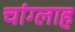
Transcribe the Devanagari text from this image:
चांग्लाह